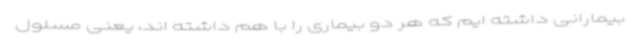
بیمارانی داشته ایم که هر دو بیماری را با هم داشته اند، یعنی مسلول